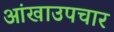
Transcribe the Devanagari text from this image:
आंखाउपचार